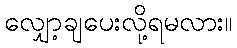
လျှော့ချပေးလို့ရမလား။